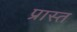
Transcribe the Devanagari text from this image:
प्रास्त